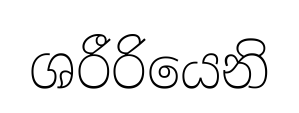
ශරීරියෙනි